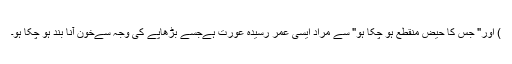
) اور" جس کا حیض منقطع ہو چکا ہو" سے مراد ایسی عمر رسیدہ عورت ہےجسے بڑھاپے کی وجہ سےخون آنا بند ہو چکا ہو۔